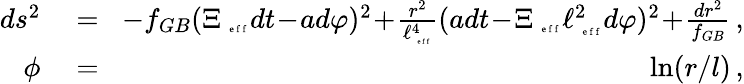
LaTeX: \begin{array}{rlr}{ds^{2}}&{{}=}&{\! -f_{GB}(\Xi_{\mathrm{~\tiny~e~f~f~}}dt\! -\! ad\varphi)^{2}\! +\! \frac{r^{2}}{\ell_{\mathrm{~\tiny~e~f~f~}}^{4}}(adt\! -\! \Xi_{\mathrm{~\tiny~e~f~f~}}\ell_{\mathrm{~\tiny~e~f~f~}}^{2}d\varphi)^{2}\! +\! \frac{dr^{2}}{f_{GB}}\, ,}\\ {\phi}&{{}=}&{\ln(r/l)\, ,}\end{array}